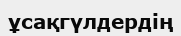
ұсақгүлдердің